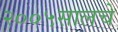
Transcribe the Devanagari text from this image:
२००५सालचे